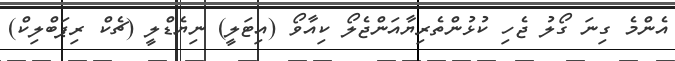
އެންމެ ގިނަ ގޯލު ޖެހި ކުޅުންތެރިޔާއަންޖެލޯ ކިއާވޯ (އިޓަލީ) ނިޔެޑްލީ (ޗެކް ރިޕަބްލިކް)